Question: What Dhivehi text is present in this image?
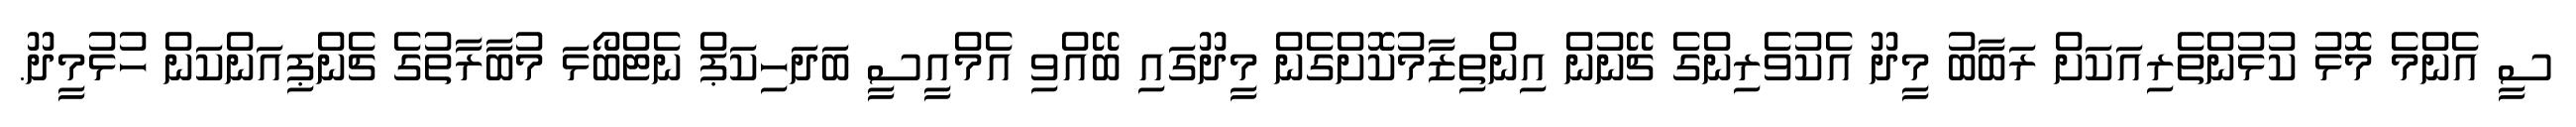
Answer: ސީ އެންމެ މޮޅު ކުޅުންތެރިއަކަށް ރަބާބު މީދޫ އެކުވެރިންގެ ޗޭނުން އިންތިޒާމުކޮށްގެން މީދޫގައި ބޭއްވި އެމްއީސީ ބަދަހިކަޕް ނެޓްބޯޅަ މުބާރާތުގެ ޗެންޕިއަންކަން ހުޅުމީދޫ.